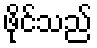
ဖိုင်သည်